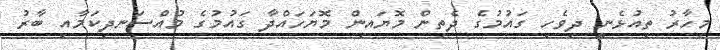
މިހާރު ތިއުޅެނީ ދިވެހި ގައުމުގެ ދެތިން މޮޔައިން މޮޔަހައްދާ ގައުމުގެ މުއްސަނދިކަމާއި ބާރު